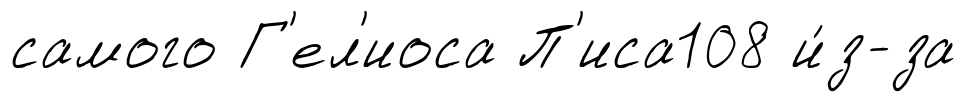
самого Г'ел'иоса П'иса108 и́з-за